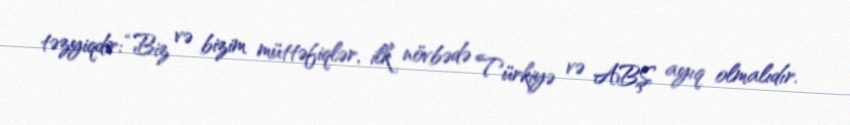
təzyiqdir: “Biz və bizim müttəfiqlər, ilk növbədə Türkiyə və ABŞ ayıq olmalıdır.